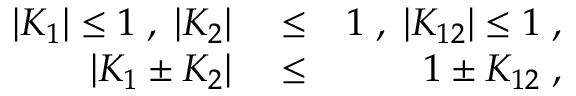
\begin{array} { r l r } { | K _ { 1 } | \le 1 \; , \; | K _ { 2 } | } & { { } \le } & { 1 \; , \; | K _ { 1 2 } | \le 1 \; , } \\ { \vert K _ { 1 } \pm K _ { 2 } \vert } & { { } \le } & { 1 \pm K _ { 1 2 } \; , } \end{array}